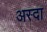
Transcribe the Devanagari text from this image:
अस्दा